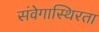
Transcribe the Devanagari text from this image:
संवेगास्थिरता